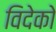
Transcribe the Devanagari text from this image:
विदेको